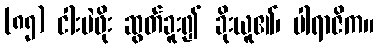
(၈၅) ငါးပဲဖိုး ဆွတ်ခူး၍ ခိုးယူ၏၊ ပါရာဇိက။